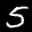
Label: 5